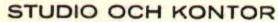
STUDIO OCH KONTOR